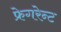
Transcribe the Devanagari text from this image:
फ्रेगरेन्ट